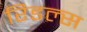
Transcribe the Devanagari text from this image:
रिडल्स